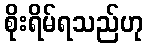
စိုးရိမ်ရသည်ဟု